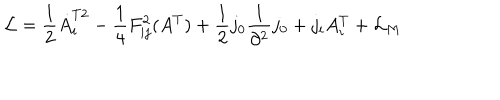
{ \cal L } = \frac { 1 } { 2 } \dot { A } _ { i } ^ { T 2 } - \frac { 1 } { 4 } F _ { i j } ^ { 2 } ( A ^ { T } ) + \frac { 1 } { 2 } j _ { 0 } \frac { 1 } { \partial ^ { 2 } } j _ { 0 } + j _ { i } A _ { i } ^ { T } + { \cal L } _ { M }